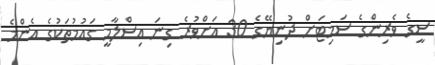
ސީގެ ވެރިންގެ ސަމިޓަށް ދުނިޔޭގެ 30 އަށްވުރެ ގިނަ އިސްލާމީ ގައުމުތަކުގެ އެންމެ